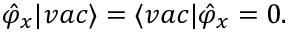
\hat { \varphi } _ { x } | v a c \rangle = \langle v a c | \hat { \varphi } _ { x } = 0 .